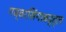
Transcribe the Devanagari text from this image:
गब्बरसिंगाबद्द्ल